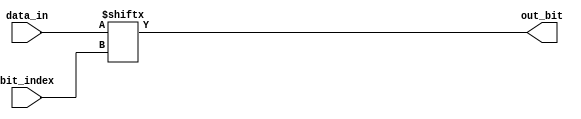
module bit_select_example (
    input [7:0] data_in,
    input [2:0] bit_index,
    output reg out_bit
);

always @(*) begin
    out_bit = data_in[bit_index];
end

endmodule